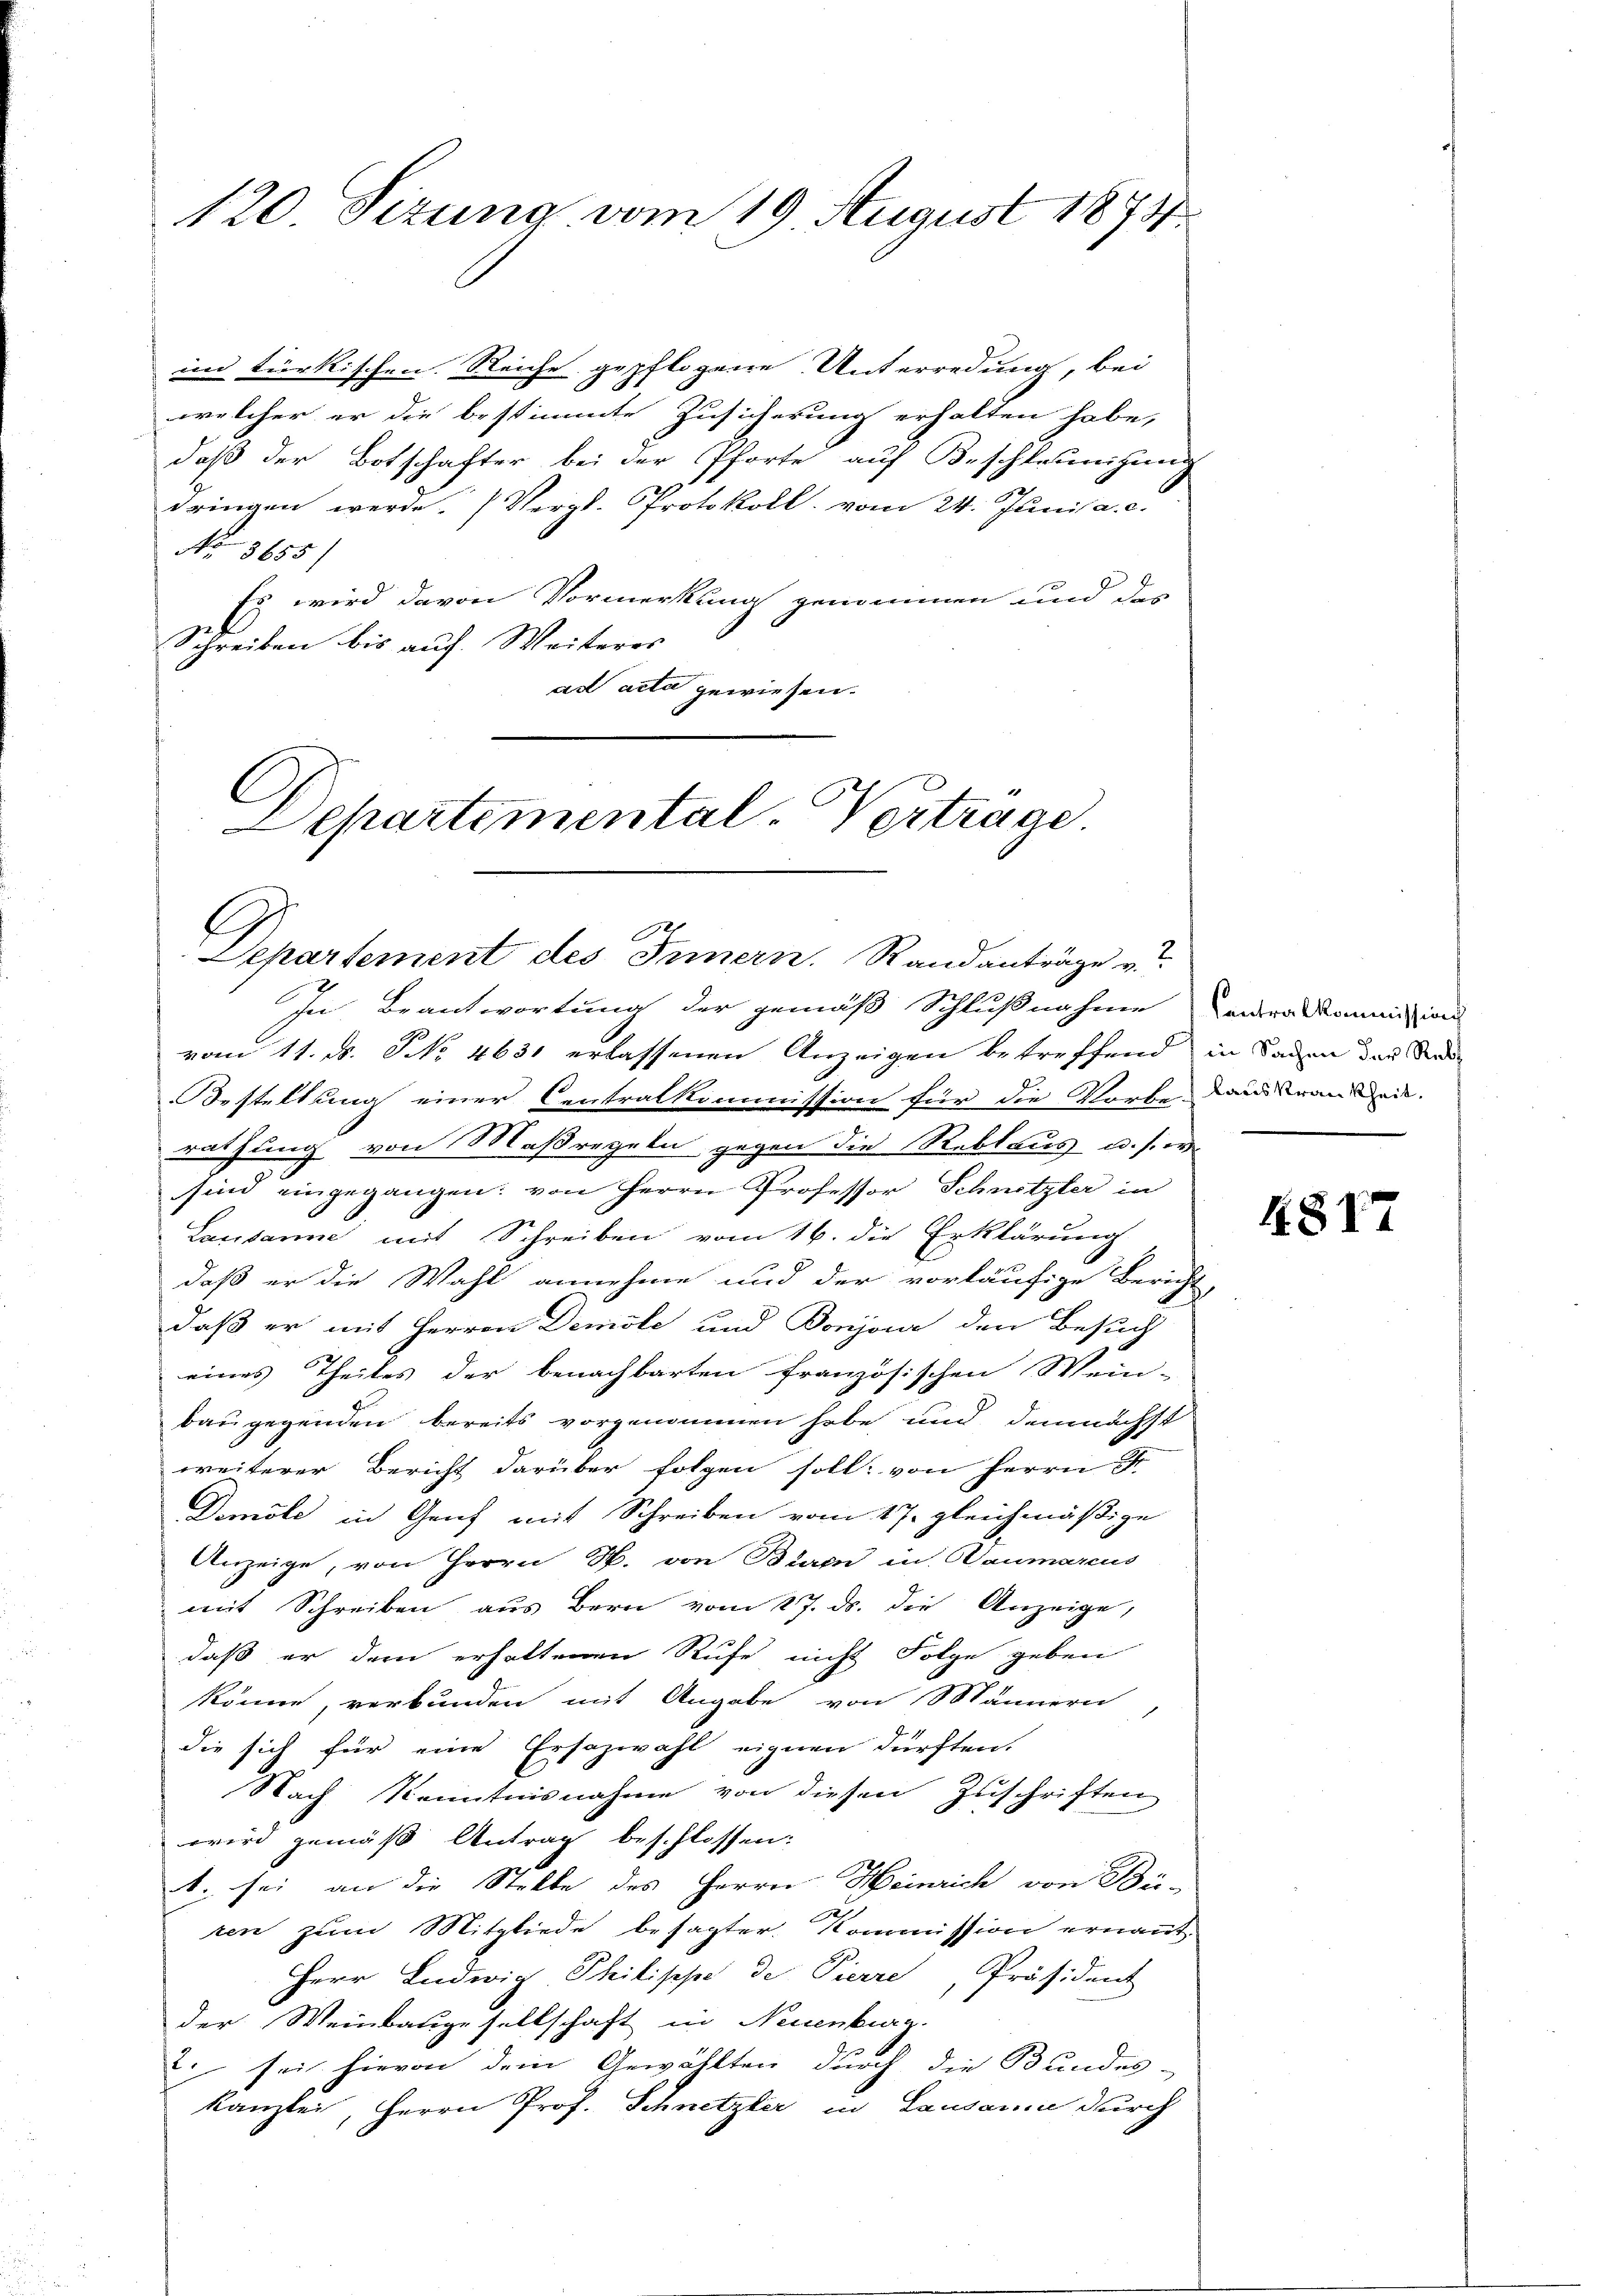
120. Sizung vom 19. August 1873.

in türkischen Reiche gepflogene Unterredung, bei
welcher er die bestimmte Zusicherung erhalten habe,
daß der Botschafter bei der Pforte auf Beschleunigung
dringen werde. (Vergl. Protokoll vom 24. Juni a. c.
No 3655)
Es wird davon Vormerkung genommen und der
Schreiben bis auf Weiteres
ad acta gewiesen.

C
Departemental-Vertrage.
Departement des Innern. Randanträge u

In Beantwortung der gemäß Schlußnahme Carrakkommission

vom 11. d. No 4631 erlassenen Anzeigen betreffend in Baden das Stad
Bestellung einer Centralkommission für die Vorbe-Landkrankheit.
rathung von Maßregeln gegen die Reblaus u. s. w.
sind eingegangen: von Herrn Professor Schnetzler in
Lausanne mit Schreiben vom 16. die Erklärung
daß er die Wahl annehme und der vorläufige Bericht
daß er mit Herren Demole und Bonjoi den Besuch
eines Theiles der benachbarten französischen Wein-
bau gegenden bereits vorgenommen habe und demnächst
weiterer Bericht darüber folgen soll, von Herrn S
Demöle in Genf mit Schreiben vom 17. gleichmäßige
Anzeige, von Herrn M. von Buren in Baumarcus
mit Schreiben aus Bern vom 27. ds. die Anzeige,
daß er dem erhaltenen Rufe nicht Folge geben
könne, verbunden mit Angabe von Männern,
die sich für eine Ersazwahl eignen dürften.
Nach Kenntnisnahme von diesen Zuschriften
wird gemäß Antrag beschlossen:
1. sei an die Stelle des Herrn Heinrich von Bü-
ren zum Mitgliede besagter Kommission ernannt.
Herr Ludwig Philische de Pierre, Präsident
der Weinbaugesellschaft in Neuenburg.
. sei hievon dem Gewählten durch die Bundes-
Kanzlei, Herrn Prof. Schnetzler in Lausanne durch

817